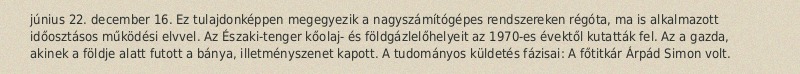
június 22. december 16. Ez tulajdonképpen megegyezik a nagyszámítógépes rendszereken régóta, ma is alkalmazott időosztásos működési elvvel. Az Északi-tenger kőolaj- és földgázlelőhelyeit az 1970-es évektől kutatták fel. Az a gazda, akinek a földje alatt futott a bánya, illetményszenet kapott. A tudományos küldetés fázisai: A főtitkár Árpád Simon volt.